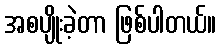
အစပျိုးခဲ့တာ ဖြစ်ပါတယ်။